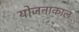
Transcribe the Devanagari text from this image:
योजनाकाल